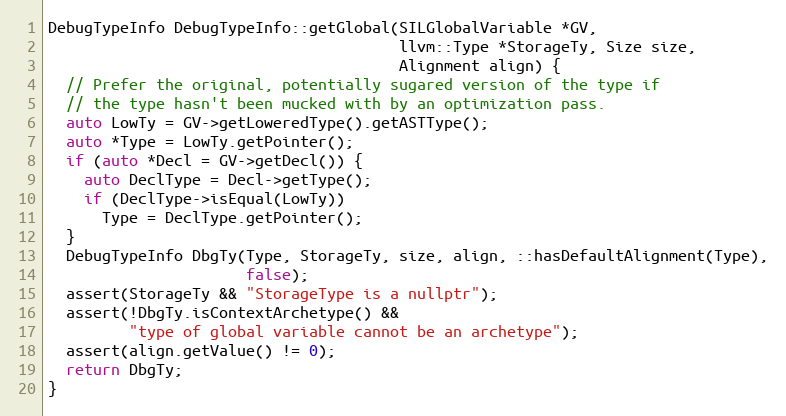
Language: C++
DebugTypeInfo DebugTypeInfo::getGlobal(SILGlobalVariable *GV,
                                       llvm::Type *StorageTy, Size size,
                                       Alignment align) {
  // Prefer the original, potentially sugared version of the type if
  // the type hasn't been mucked with by an optimization pass.
  auto LowTy = GV->getLoweredType().getASTType();
  auto *Type = LowTy.getPointer();
  if (auto *Decl = GV->getDecl()) {
    auto DeclType = Decl->getType();
    if (DeclType->isEqual(LowTy))
      Type = DeclType.getPointer();
  }
  DebugTypeInfo DbgTy(Type, StorageTy, size, align, ::hasDefaultAlignment(Type),
                      false);
  assert(StorageTy && "StorageType is a nullptr");
  assert(!DbgTy.isContextArchetype() &&
         "type of global variable cannot be an archetype");
  assert(align.getValue() != 0);
  return DbgTy;
}